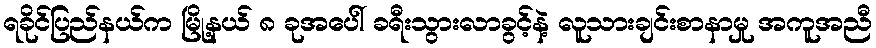
ရခိုင်ပြည်နယ်က မြို့နယ် ၈ ခုအပေါ် ခရီးသွားလာခွင့်နဲ့ လူသားချင်းစာနာမှု အကူအညီ